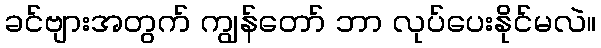
ခင်ဗျားအတွက် ကျွန်တော် ဘာ လုပ်ပေးနိုင်မလဲ။